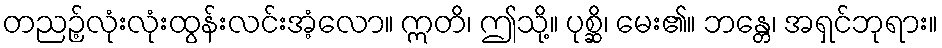
တညဉ့်လုံးလုံးထွန်းလင်းအံ့လော။ ဣတိ၊ ဤသို့။ ပုစ္ဆိ၊ မေး၏။ ဘန္တေ၊ အရှင်ဘုရား။